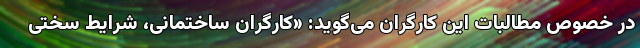
در خصوص مطالبات این کارگران می‌گوید: «کارگران ساختمانی، شرایط سختی